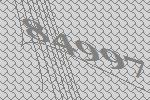
84997